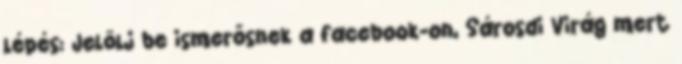
lépés: Jelölj be ismerősnek a facebook-on, Sárosdi Virág mert